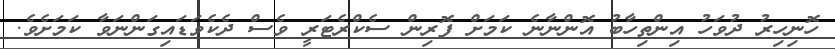
ހޮނިހިރު ދުވަހު އިންތިހާބު އޮންނާނެ ކަމަށް ފޮރިން ސެކްރެޓަރީ ވެސް ދެކެވަޑައިގަންނަވާ ކަމަށެވެ.